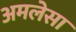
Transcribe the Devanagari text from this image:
अमलेसा